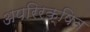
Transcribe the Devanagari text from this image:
अपरिरक्षित